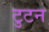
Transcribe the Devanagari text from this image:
टुटन